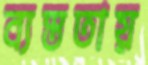
ব্যস্ততায়